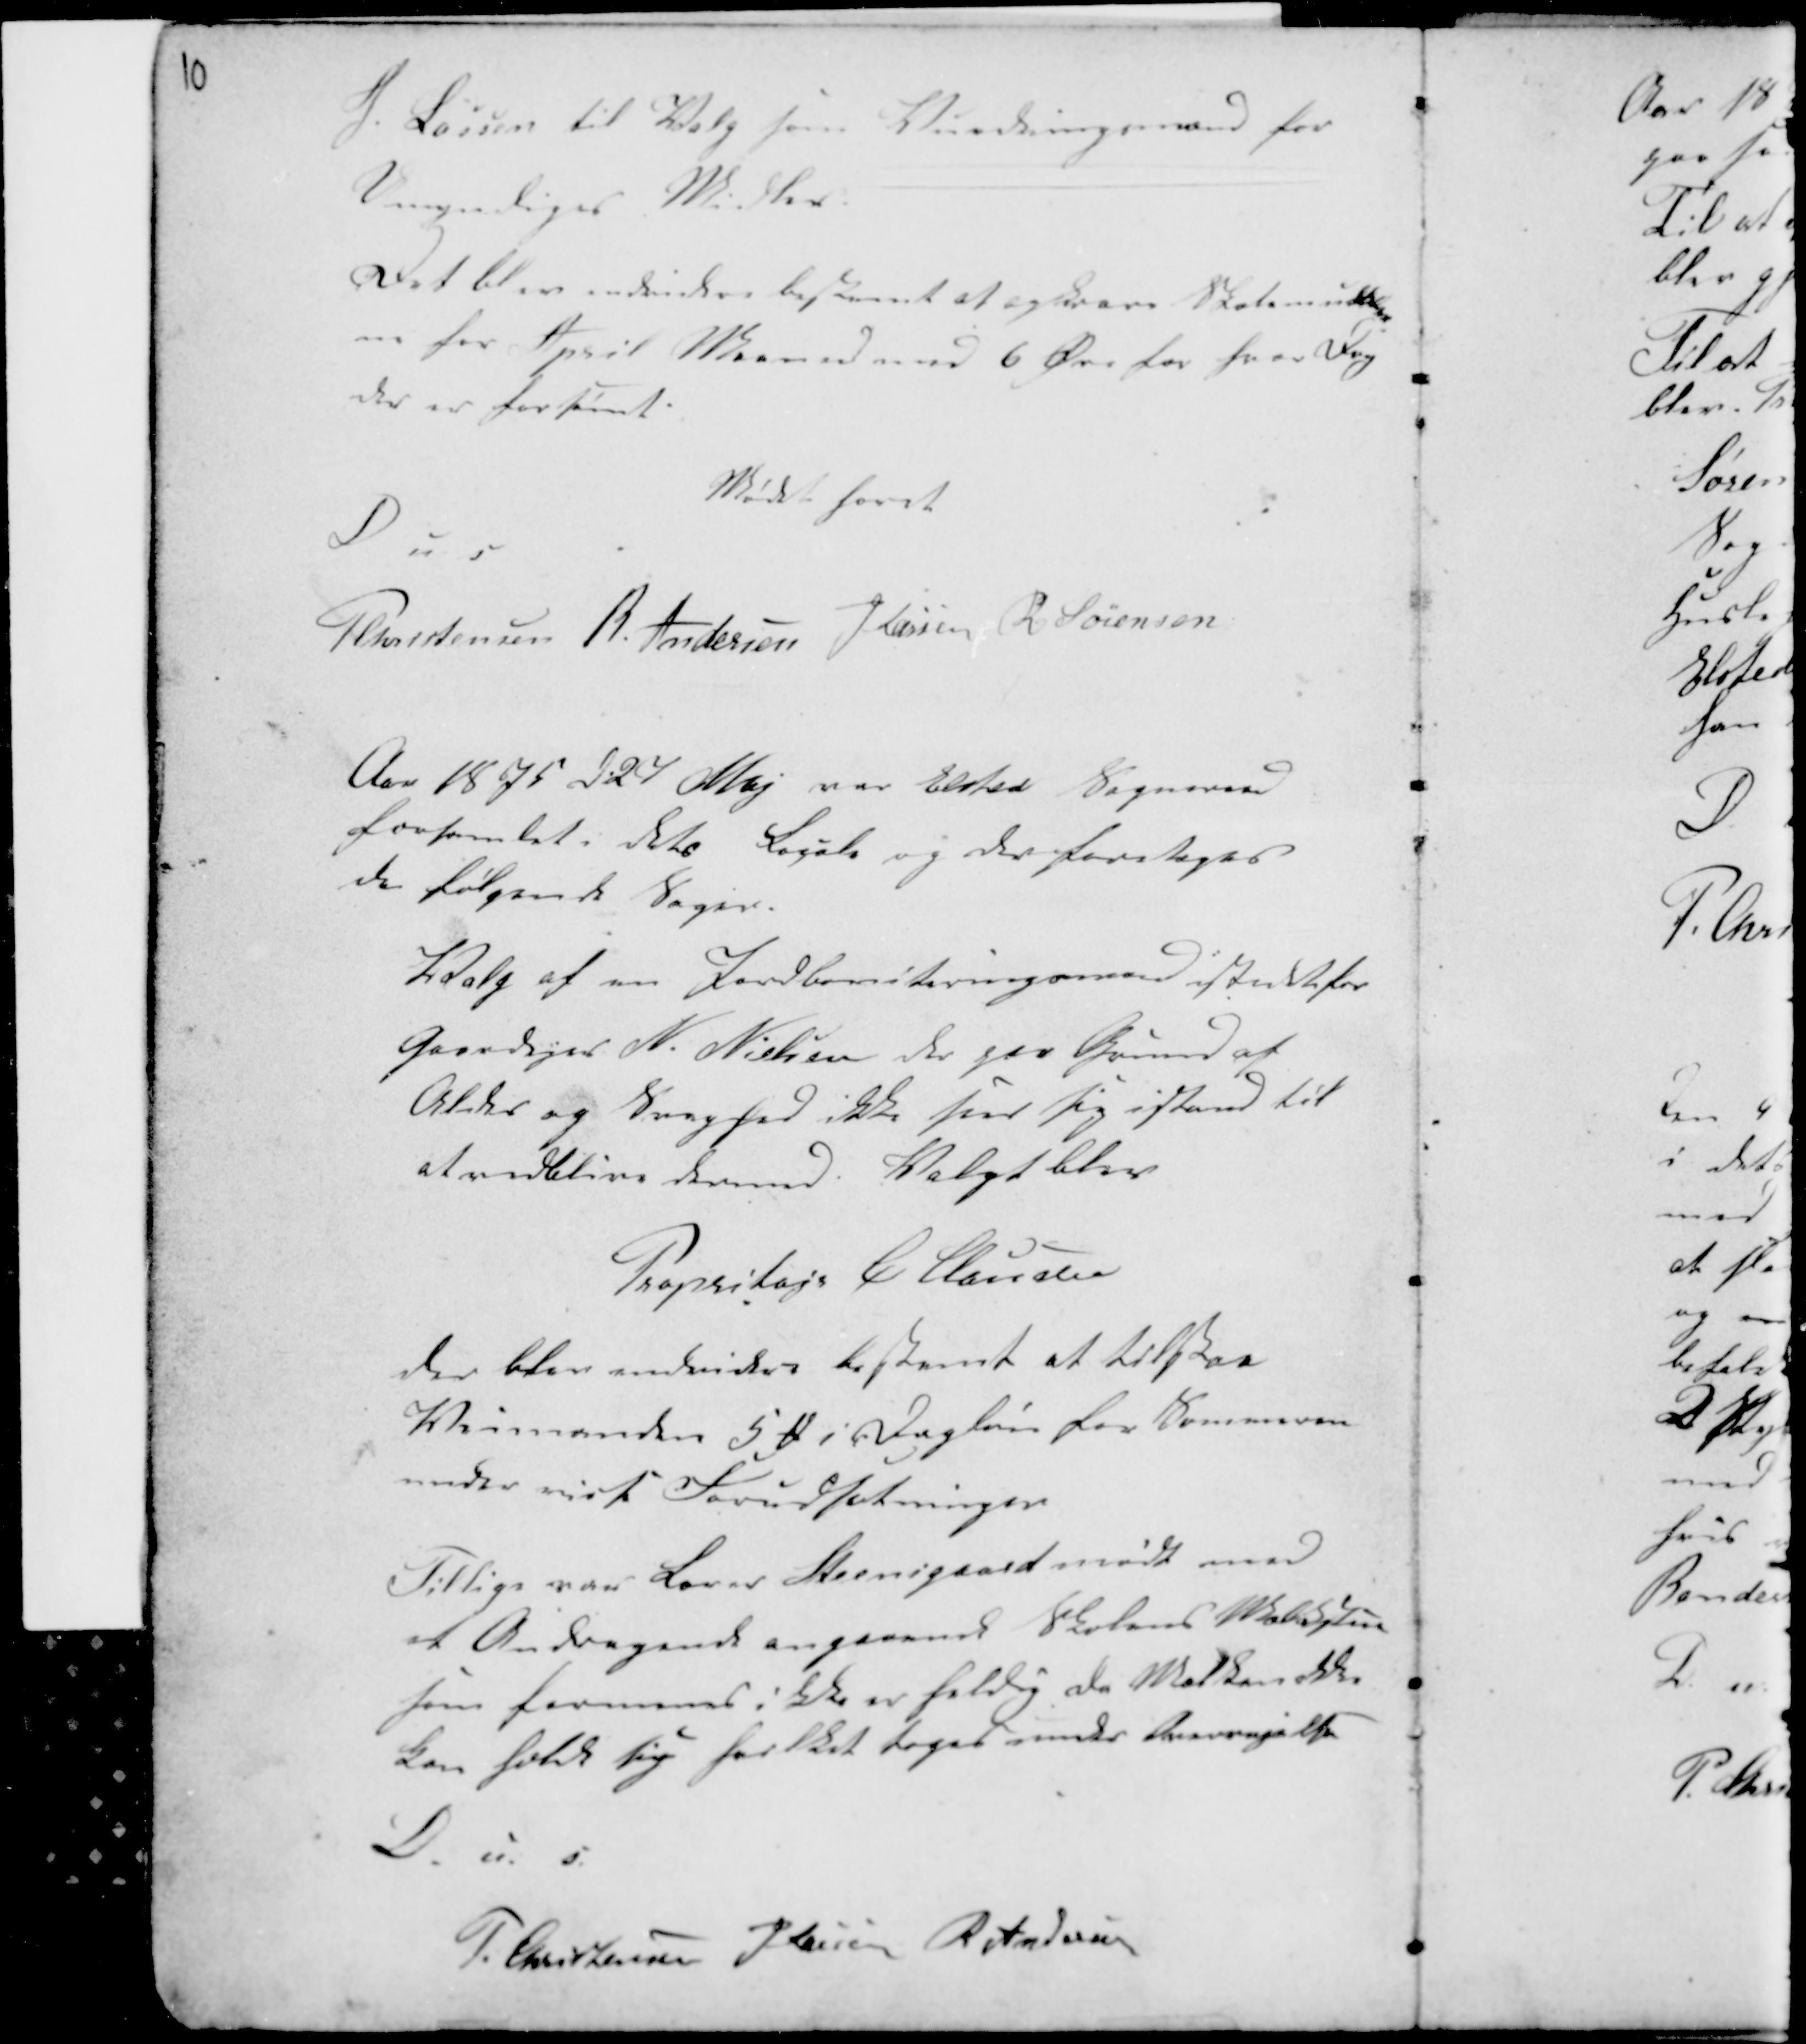
Transskription:
10

H. Lassen til Valg som Vurderingsmand for
Umyndiges Midler.
Det blev endvidere bestemt at opkræve Skolemulkter
ne for April Maaned med 6 Øre for hver Dag
der er forsømt.
Mødet hævet
D u s
Phristensen R. Andersen H Lassen K Sørensen

Aar 1875 d. 27 Maj var Elsted Sogneraad
forsamlet i dets Locale og der foretoges
de følgende Sager.
Valg af en Jordboniteringsmand istedetfor
Gaardejer N. Nielsen der paa Grund af
Alder og Svaghed ikke ser sig istand til
at vedblive derved. Valgt blev
Propritajr C Clausen
der blev endvidere bestemt at tilstaa
Veimanden 5 Kr i Dagløn for Kommunen
under visse Forudsætninger
Tillige var Lærer Steensgaard mødt med
et Andragende angaaende Skolens Mæ.....
som formand ikke er heldig ala M.....
han falde sig for.... toges under Overvejelse
D. u. s.
P. Christensen
H Lassen R Andersen